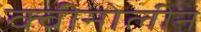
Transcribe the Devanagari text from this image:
क्वीनोलीन